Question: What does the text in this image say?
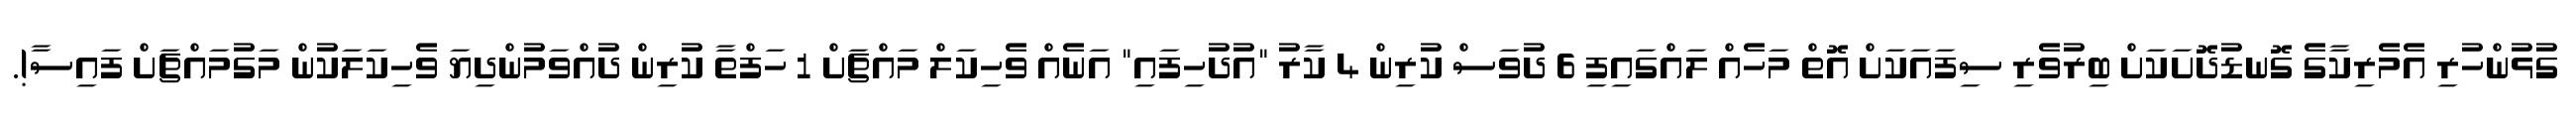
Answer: ގުޅުންހުރި އެމެރިކާގެ ގޮނޑުދޮށަކަށް ބިރުވެރި ސިފައަކަށް އޮތް މަހެއް ލައްގައިފި 6 ދުވަސް ކުރިން 4 ކާރު "އުދުހިފައި" އަނެއް ވެހިކަލް މައްޗަށް 1 ހަފްތާ ކުރިން ދުއްވަމުންދިޔަ ވެހިކަލަކުން މަގުމައްޗަށް ފައިސާ!.